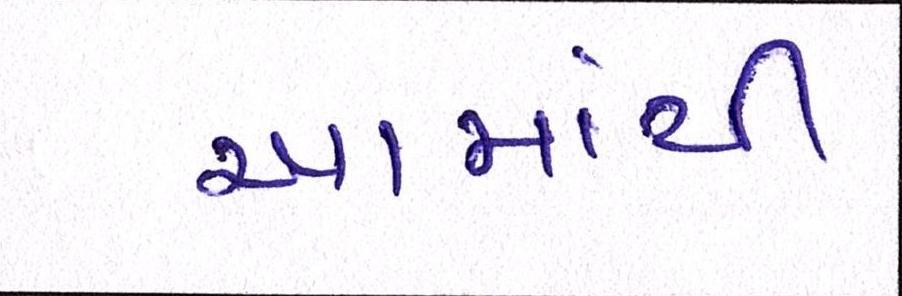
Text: આમાંથી